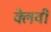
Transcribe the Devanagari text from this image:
क्लेवी